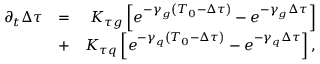
\begin{array} { r l r } { \partial _ { t } \Delta \tau } & { = } & { K _ { \tau g } \left[ e ^ { - \gamma _ { g } \left( T _ { 0 } - \Delta \tau \right) } - e ^ { - \gamma _ { g } \Delta \tau } \right] } \\ & { + } & { K _ { \tau q } \left[ e ^ { - \gamma _ { q } \left( T _ { 0 } - \Delta \tau \right) } - e ^ { - \gamma _ { q } \Delta \tau } \right] , } \end{array}